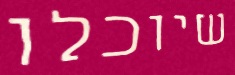
שיוכלו